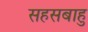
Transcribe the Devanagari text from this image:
सहसबाहु